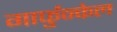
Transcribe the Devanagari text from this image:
गार्फुन्केल